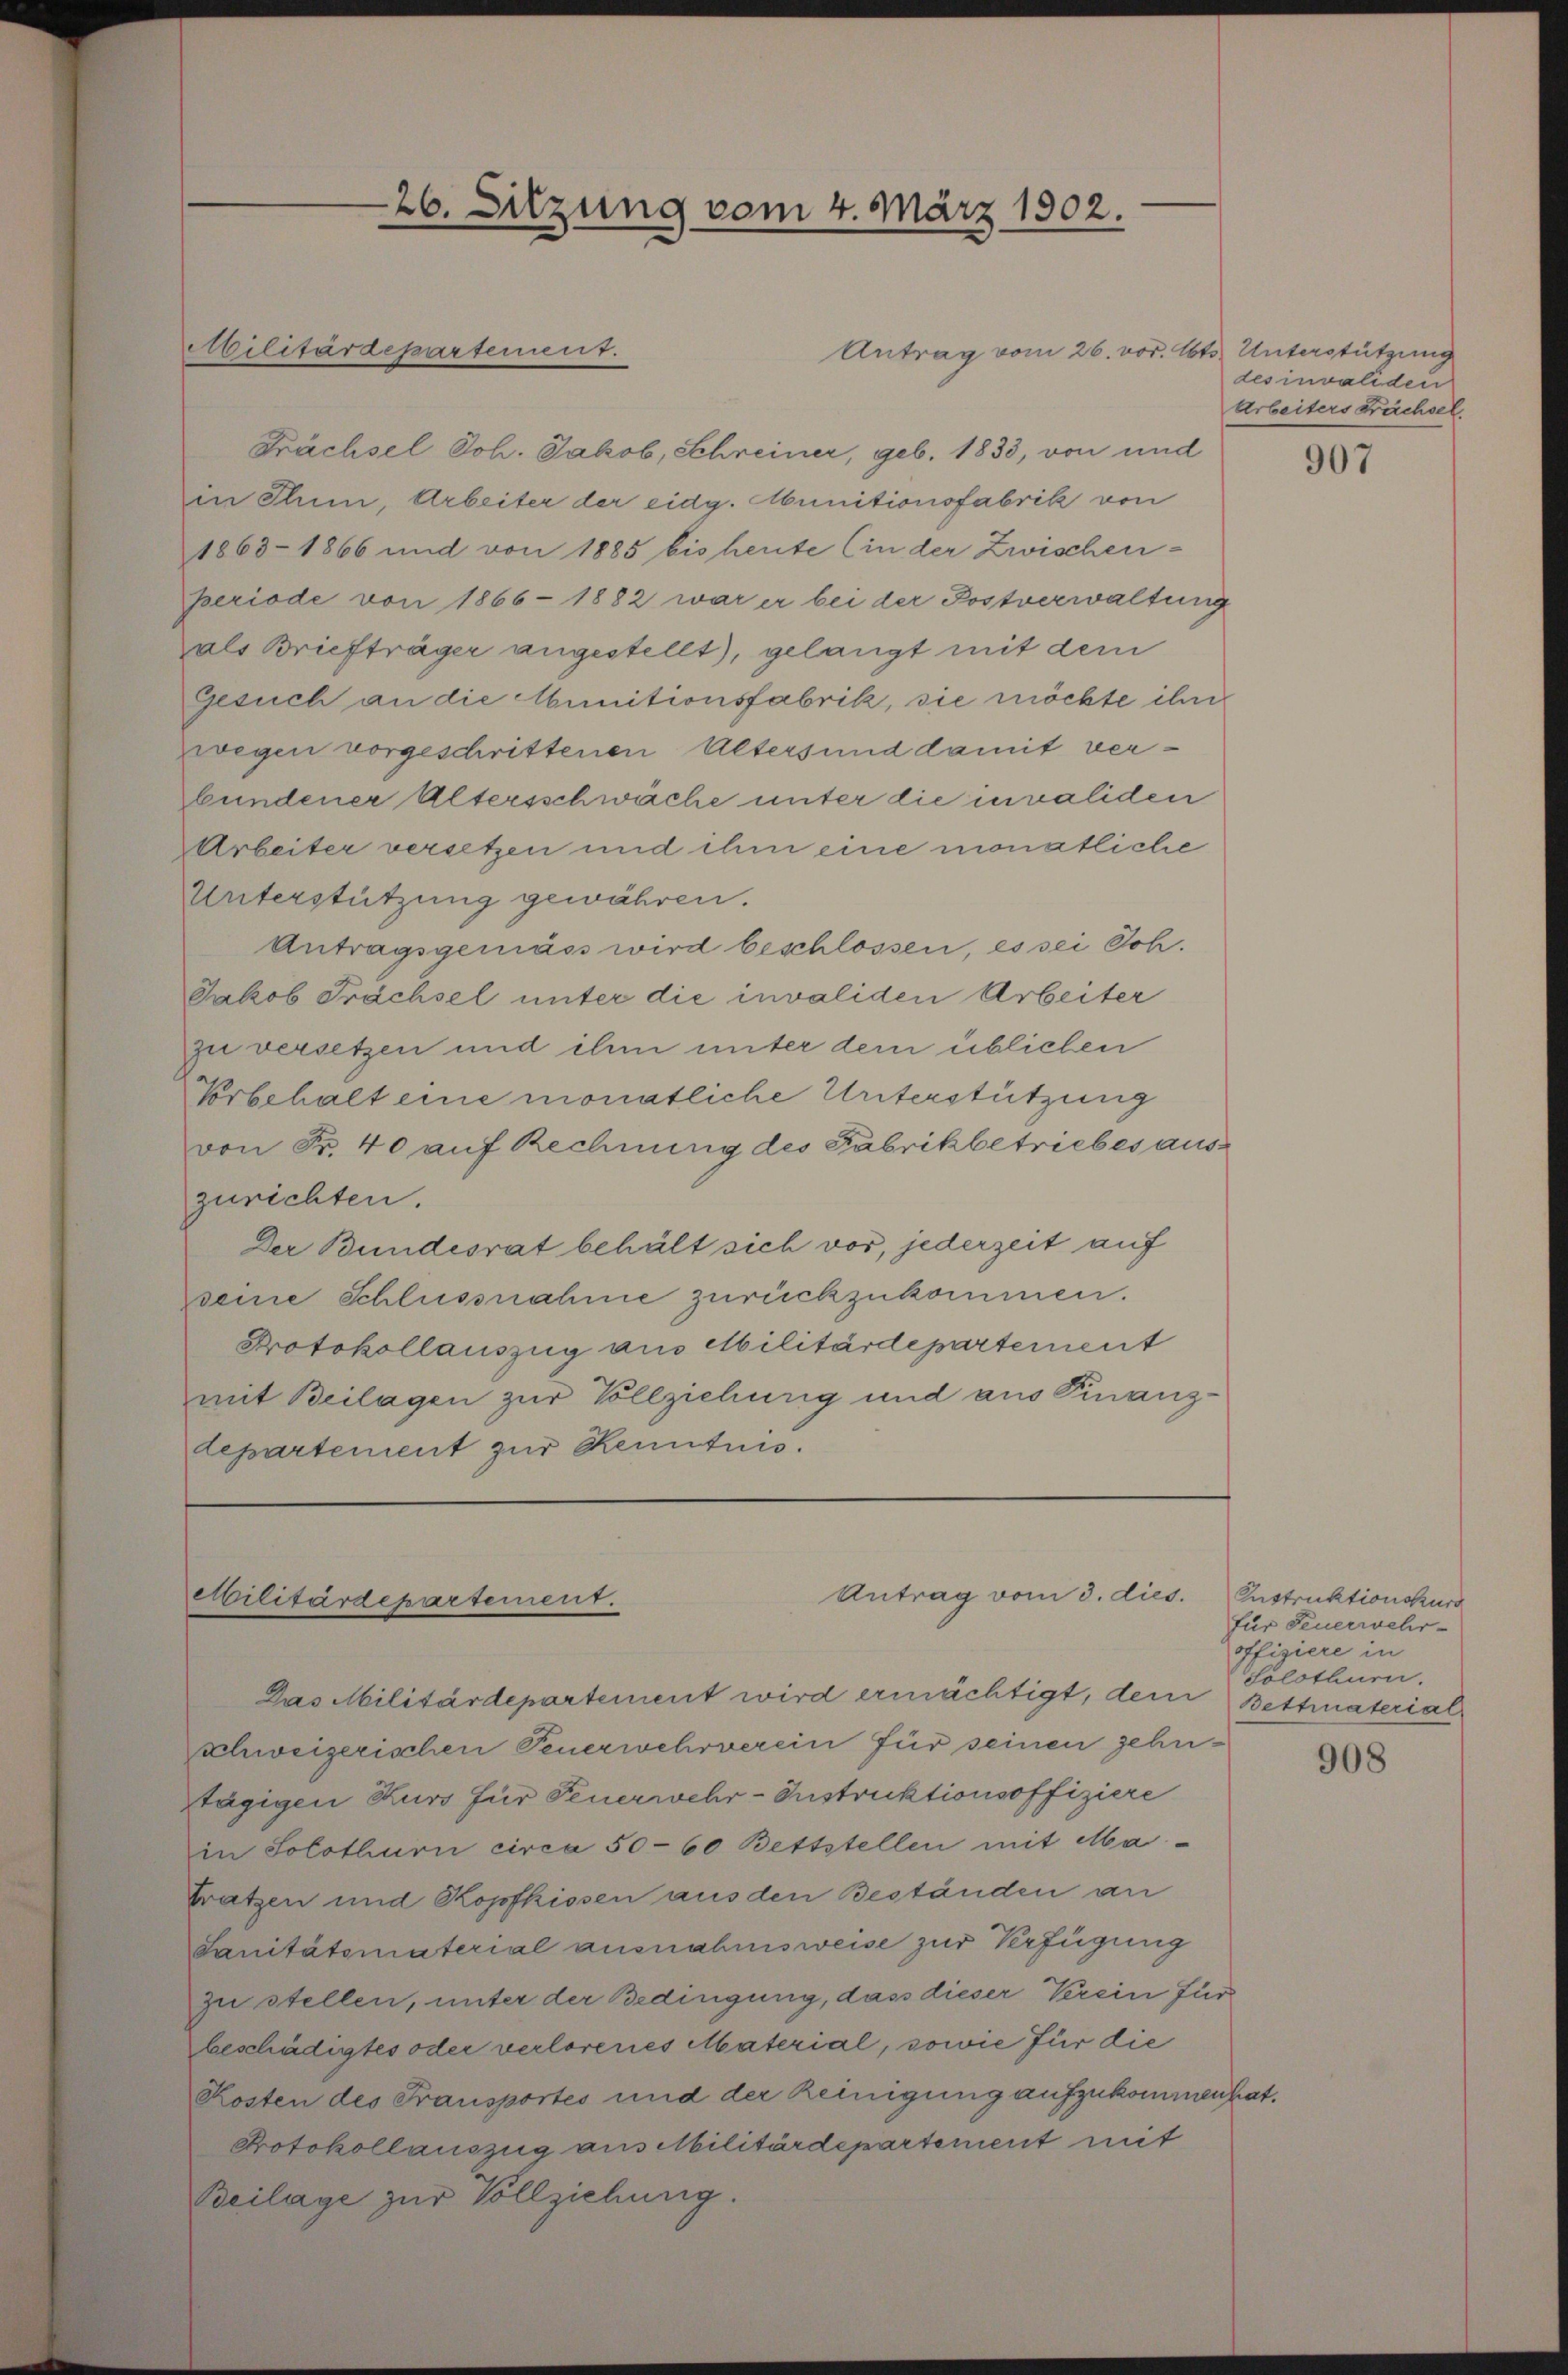
Antrag vom 26. vor. Mts. Unterstützung
Prächsel Joh. Jakob, Schreiner, geb. 1833, von und
in Thun, Arbeiter der eidg. Munitionsfabrik von
1863–1866 und von 1885 bis heute (in der Zwischen-
periode von 1866 - 1882 war er bei der Postverwaltung
als Briefträger angestellt, gelangt mit dem
Gesuch an die Munitionsfabrik, sie möchte ihre
wegen vorgeschrittenen Alters und damit verbundener Altersschwäche unter die invaliden
Arbeiter versetzen und ihm eine monatliche
Unterstützung gewähren.
Antragsgemäss wird beschlossen, es sei Joh.
Jakob Prächsel unter die invaliden Arbeiter
zu versetzen und ihm unter dem üblichen
Vorbehalt eine monatliche Unterstützung
von Fr. 40 auf Rechnung des Fabrikbetriebes auszurichten.
Der Bundesrat behält sich vor, jederzeit auf
seine Schlussnahme zurückzukommen.
Protokollauszug aus Militärdepartement
mit Beilagen zur Vollziehung und aus Finanz-
departement zur Kenntnis.

Militärdepartement.

26. Sitzung vom 4. März 1902.

Antrag vom 3. dies. Instruktionskurs
tilitärdepartement.

Das Militärdepartement wird ermächtigt, dem Bettmaterial
schweizerischen Feuerwehrverein für seinen jehr¬
Stägigen Kurs für Feuerwehr-Instruktionsoffiziere
in Solothurn circa 50-60 Bettstellen mit Ma¬
Fratzen und Kopfkissen aus den Beständen an
Sanitätsmaterial ausnahmsweise zur Verfügung
zu stellen, unter der Bedingung, dass dieser Verein für
beschädigtes oder verlorenes Material, sowie für die
Kosten des Fransportes und der Reinigung aufzukommen hat.
Protokollauszug aus Militärdepartement mit
Beilage zur Vollziehung.

des invaliden
Arbeiters prächsel.

907

für Feuerwehr-
offiziere in
Solothurn.

908